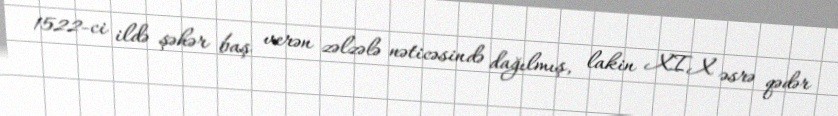
1522-ci ildə şəhər baş verən zəlzələ nəticəsində dağılmış, lakin XIX əsrə qədər